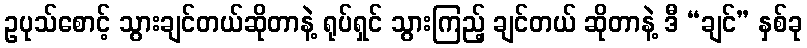
ဥပုသ်စောင့် သွားချင်တယ်ဆိုတာနဲ့ ရုပ်ရှင် သွားကြည့် ချင်တယ် ဆိုတာနဲ့ ဒီ “ချင်” နှစ်ခု